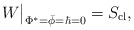
\begin{align*}W\big|_{\Phi^* = \bar\phi = \hbar=0}= S_{\rm cl},\end{align*}